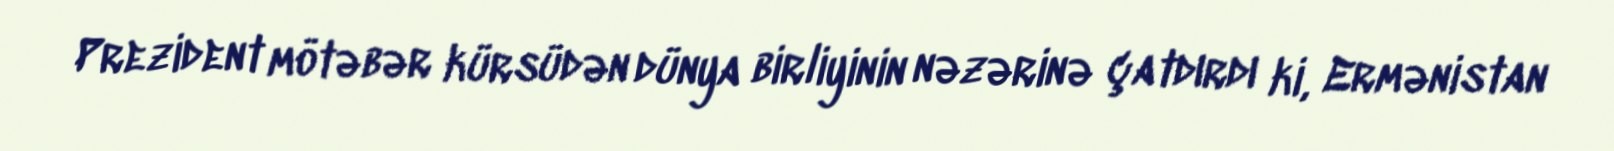
Prezident mötəbər kürsüdən dünya birliyinin nəzərinə çatdırdı ki, Ermənistan